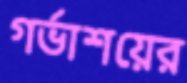
গর্ভাশয়ের